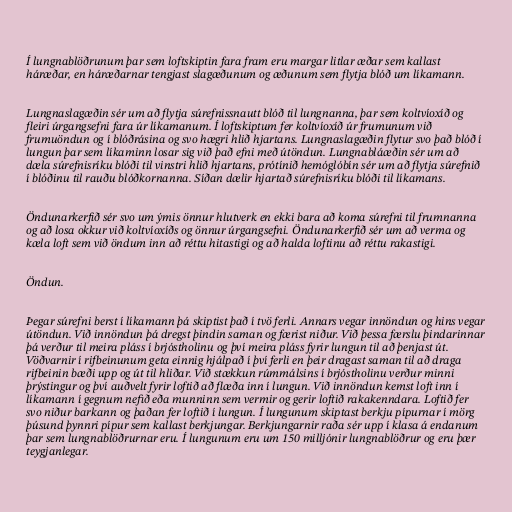
Í lungnablöðrunum þar sem loftskiptin fara fram eru margar litlar æðar sem kallast
háræðar, en háræðarnar tengjast slagæðunum og æðunum sem flytja blóð um líkamann.

Lungnaslagæðin sér um að flytja súrefnissnautt blóð til lungnanna, þar sem koltvíoxíð og
fleiri úrgangsefni fara úr líkamanum. Í loftskiptum fer koltvíoxíð úr frumunum við
frumuöndun og í blóðrásina og svo hægri hlið hjartans. Lungnaslagæðin flytur svo það blóð í
lungun þar sem líkaminn losar sig við það efni með útöndun. Lungnabláæðin sér um að
dæla súrefnisríku blóði til vinstri hlið hjartans, prótínið hemóglóbín sér um að flytja súrefnið
í blóðinu til rauðu blóðkornanna. Síðan dælir hjartað súrefnisríku blóði til líkamans.

Öndunarkerfið sér svo um ýmis önnur hlutverk en ekki bara að koma súrefni til frumnanna
og að losa okkur við koltvíoxíðs og önnur úrgangsefni. Öndunarkerfið sér um að verma og
kæla loft sem við öndum inn að réttu hitastigi og að halda loftinu að réttu rakastigi.

Öndun.

Þegar súrefni berst í líkamann þá skiptist það í tvö ferli. Annars vegar innöndun og hins vegar
útöndun. Við innöndun þá dregst þindin saman og færist niður. Við þessa færslu þindarinnar
þá verður til meira pláss í brjóstholinu og því meira pláss fyrir lungun til að þenjast út.
Vöðvarnir í rifbeinunum geta einnig hjálpað í því ferli en þeir dragast saman til að draga
rifbeinin bæði upp og út til hliðar. Við stækkun rúmmálsins í brjóstholinu verður minni
þrýstingur og því auðvelt fyrir loftið að flæða inn í lungun. Við innöndun kemst loft inn í
líkamann í gegnum nefið eða munninn sem vermir og gerir loftið rakakenndara. Loftið fer
svo niður barkann og þaðan fer loftið í lungun. Í lungunum skiptast berkju pípurnar í mörg
þúsund þynnri pípur sem kallast berkjungar. Berkjungarnir raða sér upp í klasa á endanum
þar sem lungnablöðrurnar eru. Í lungunum eru um 150 milljónir lungnablöðrur og eru þær
teygjanlegar.